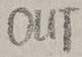
Text: OUT